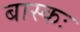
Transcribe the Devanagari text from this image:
बास्कः